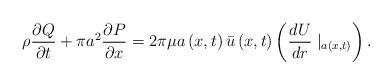
LaTeX: \begin{align*}\rho\frac{\partial Q}{\partial t}+\pi a^{2}\frac{\partial P}{\partial x}=2\pi\mu a\left(x,t\right)\bar{u}\left(x,t\right)\left(\frac{dU}{dr}\mid_{a\left(x,t\right)}\right).\end{align*}